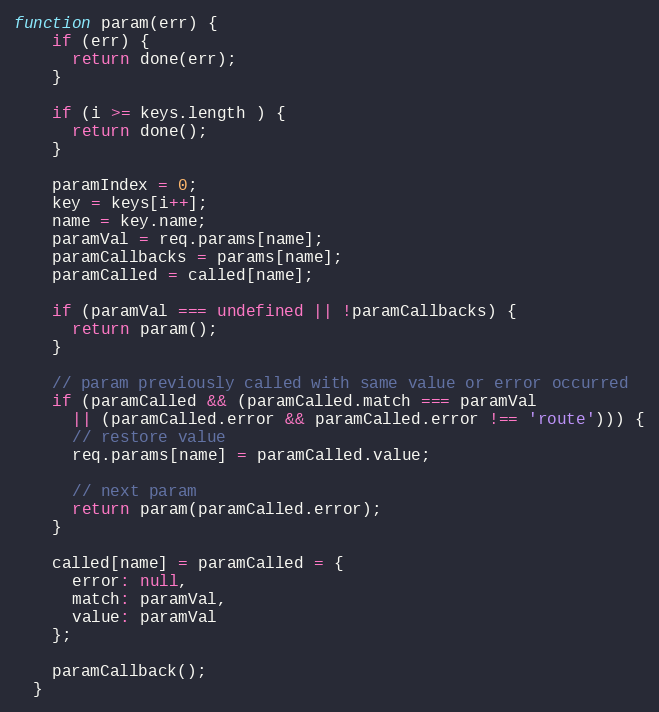
Language: JavaScript
function param(err) {
    if (err) {
      return done(err);
    }

    if (i >= keys.length ) {
      return done();
    }

    paramIndex = 0;
    key = keys[i++];
    name = key.name;
    paramVal = req.params[name];
    paramCallbacks = params[name];
    paramCalled = called[name];

    if (paramVal === undefined || !paramCallbacks) {
      return param();
    }

    // param previously called with same value or error occurred
    if (paramCalled && (paramCalled.match === paramVal
      || (paramCalled.error && paramCalled.error !== 'route'))) {
      // restore value
      req.params[name] = paramCalled.value;

      // next param
      return param(paramCalled.error);
    }

    called[name] = paramCalled = {
      error: null,
      match: paramVal,
      value: paramVal
    };

    paramCallback();
  }